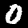
Digit: 0